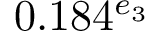
0 . 1 8 4 ^ { e _ { 3 } }